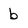
Character: b